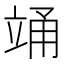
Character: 𮄯